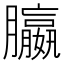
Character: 䑉